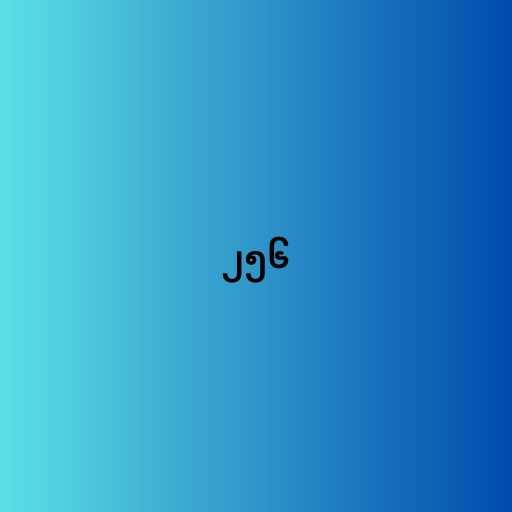
၂၅၆